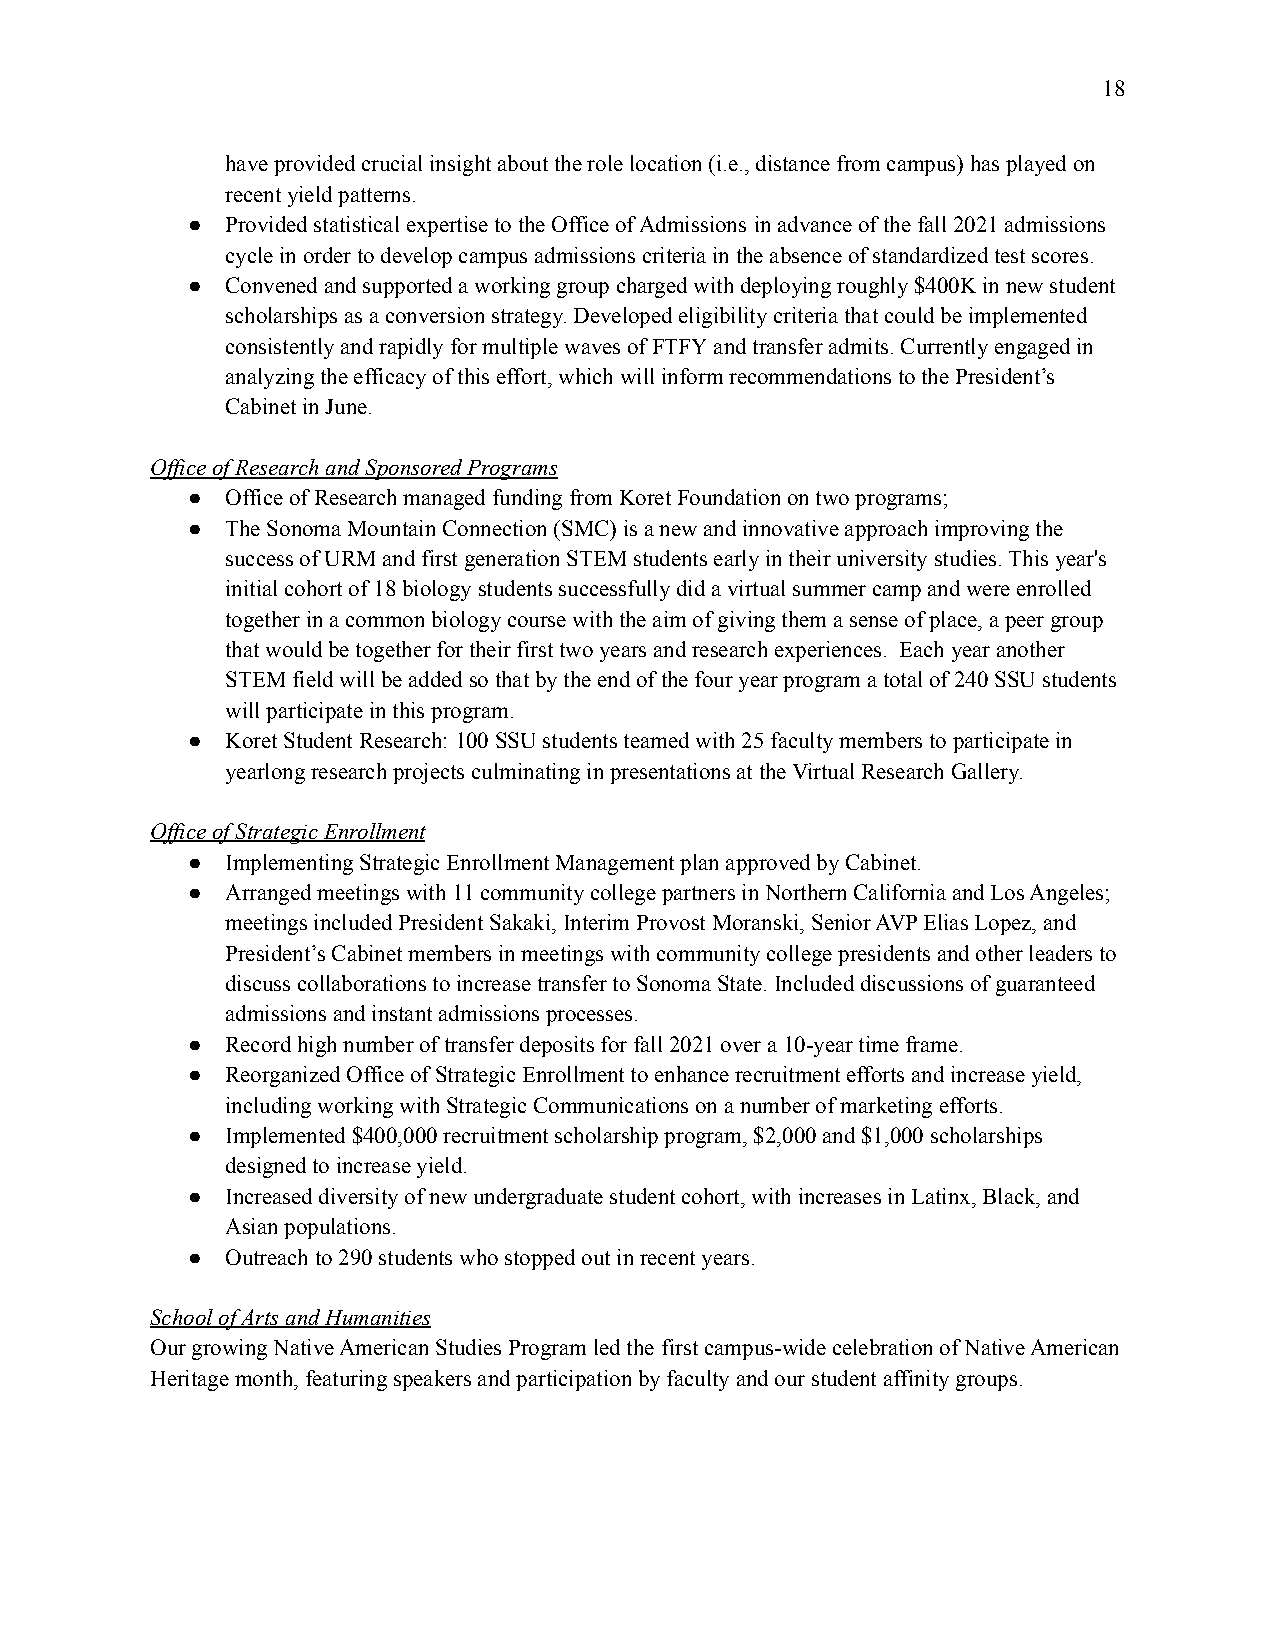
18
 have provided crucial insight about the role location (i.e., distance from campus) has played on
 recent yield patterns.
 ●  Provided statistical expertise to the Office of Admissions in advance of the fall 2021 admissions
 cycle in order to develop campus admissions criteriain the absence of standardized test scores.
 ●  Convened and supported a working group charged withdeploying roughly $400K in new student
 scholarships as a conversion strategy. Developed eligibilitycriteria that could be implemented
 consistently and rapidly for multiple waves of FTFYand transfer admits. Currently engaged in
 analyzing the efficacy of this effort, which willinform recommendations to the President’s
 Cabinet in June.
 Office of Research and Sponsored Programs
 ●  Office of Research managed funding from Koret Foundationon two programs;
 ●  The Sonoma Mountain Connection (SMC) is a new andinnovative approach improving the
 success of URM and first generation STEM studentsearly in their university studies. This year's
 initial cohort of 18 biology students successfullydid a virtual summer camp and were enrolled
 together in a common biology course with the aim ofgiving them a sense of place, a peer group
 that would be together for their first two years andresearch experiences. Each year another
 STEM field will be added so that by the end of thefour year program a total of 240 SSU students
 will participate in this program.
 ●  Koret Student Research: 100 SSU students teamed with25 faculty members to participate in
 yearlong research projects culminating in presentationsat the Virtual Research Gallery.
 Office of Strategic Enrollment
 ●  Implementing Strategic Enrollment Management planapproved by Cabinet.
 ●  Arranged meetings with 11 community college partnersin Northern California and Los Angeles;
 meetings included President Sakaki, Interim ProvostMoranski, Senior AVP Elias Lopez, and
 President’s Cabinet members in meetings with communitycollege presidents and other leaders to
 discuss collaborations to increase transfer to SonomaState. Included discussions of guaranteed
 admissions and instant admissions processes.
 ●  Record high number of transfer deposits for fall 2021over a 10-year time frame.
 ●  Reorganized Office of Strategic Enrollment to enhancerecruitment efforts and increase yield,
 including working with Strategic Communications ona number of marketing efforts.
 ●  Implemented $400,000 recruitment scholarship program,$2,000 and $1,000 scholarships
 designed to increase yield.
 ●  Increased diversity of new undergraduate student cohort,with increases in Latinx, Black, and
 Asian populations.
 ●  Outreach to 290 students who stopped out in recentyears.
 School of Arts and Humanities
 Our growing Native American Studies Program led the first campus-wide celebration of Native American
 Heritage month, featuring speakers and participationby faculty and our student affinity groups.